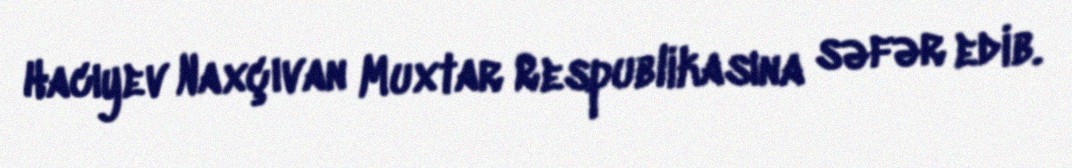
Hacıyev Naxçıvan Muxtar Respublikasına səfər edib.